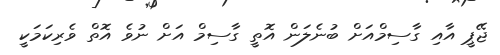
ޖޭޕީ އާއި ގާސިމްއަށް ބުނެލަން އޮތީ ގާސިމް އަށް ނުވެ އޮތް ވެރިކަމަކީ